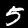
Digit: 5